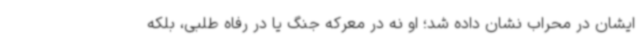
ایشان در محراب نشان داده شد؛ او نه در معرکه جنگ یا در رفاه طلبی، بلکه